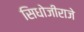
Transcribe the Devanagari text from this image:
सिधोजीराजे